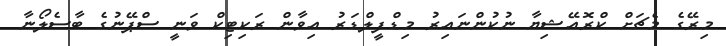
މިރޭގެ މެޗަށް ކްރޮއޭޝިޔާ ނުކުންނައިރު މިޑްފީލްޑަރު އިވާން ރަކިޓިކް ވަނީ ސްޕޭނުގެ ބާސެލޯނާ